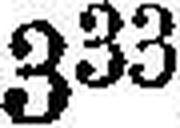
333